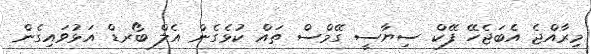
މިރާއްޖެ އެބަޖެހޭ ފޭކް ސިޔާސީ ގޭމްސް ތައް ކުޅެގެން އެލް ބޯރޑް އަޅުވައިގެން